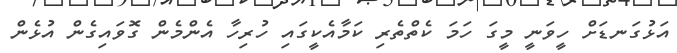
އަޅުގަނޑަށް ހީވަނީ މީގަ ހަމަ ކެތްތެރި ކަމާއެކީގައި ހުރިހާ އެންމެން ގޮވައިގެން އުޅެން